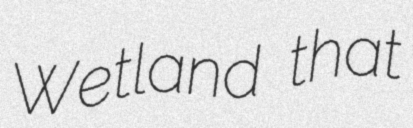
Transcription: Wetland that